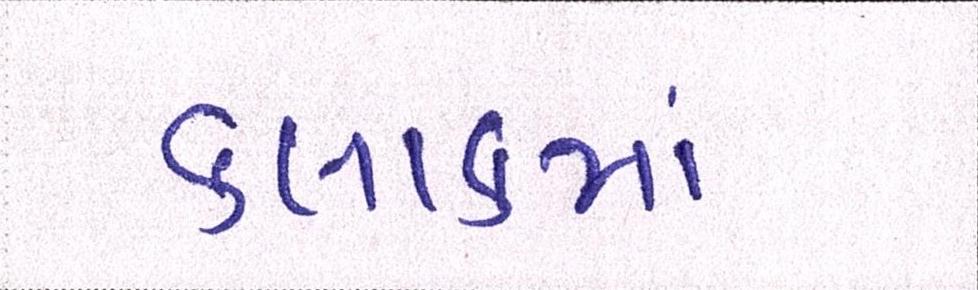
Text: કલાકમાં